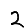
Digit: 2